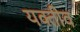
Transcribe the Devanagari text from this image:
यक्तीव